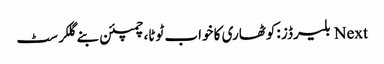
Next بلیرڈز :کوٹھاری کا خواب ٹوٹا، چمپئن بنے گلکرسٹ